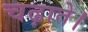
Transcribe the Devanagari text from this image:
चढ़ाते।